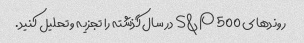
روندهای S&P 500 در سال گذشته را تجزیه و تحلیل کنید.